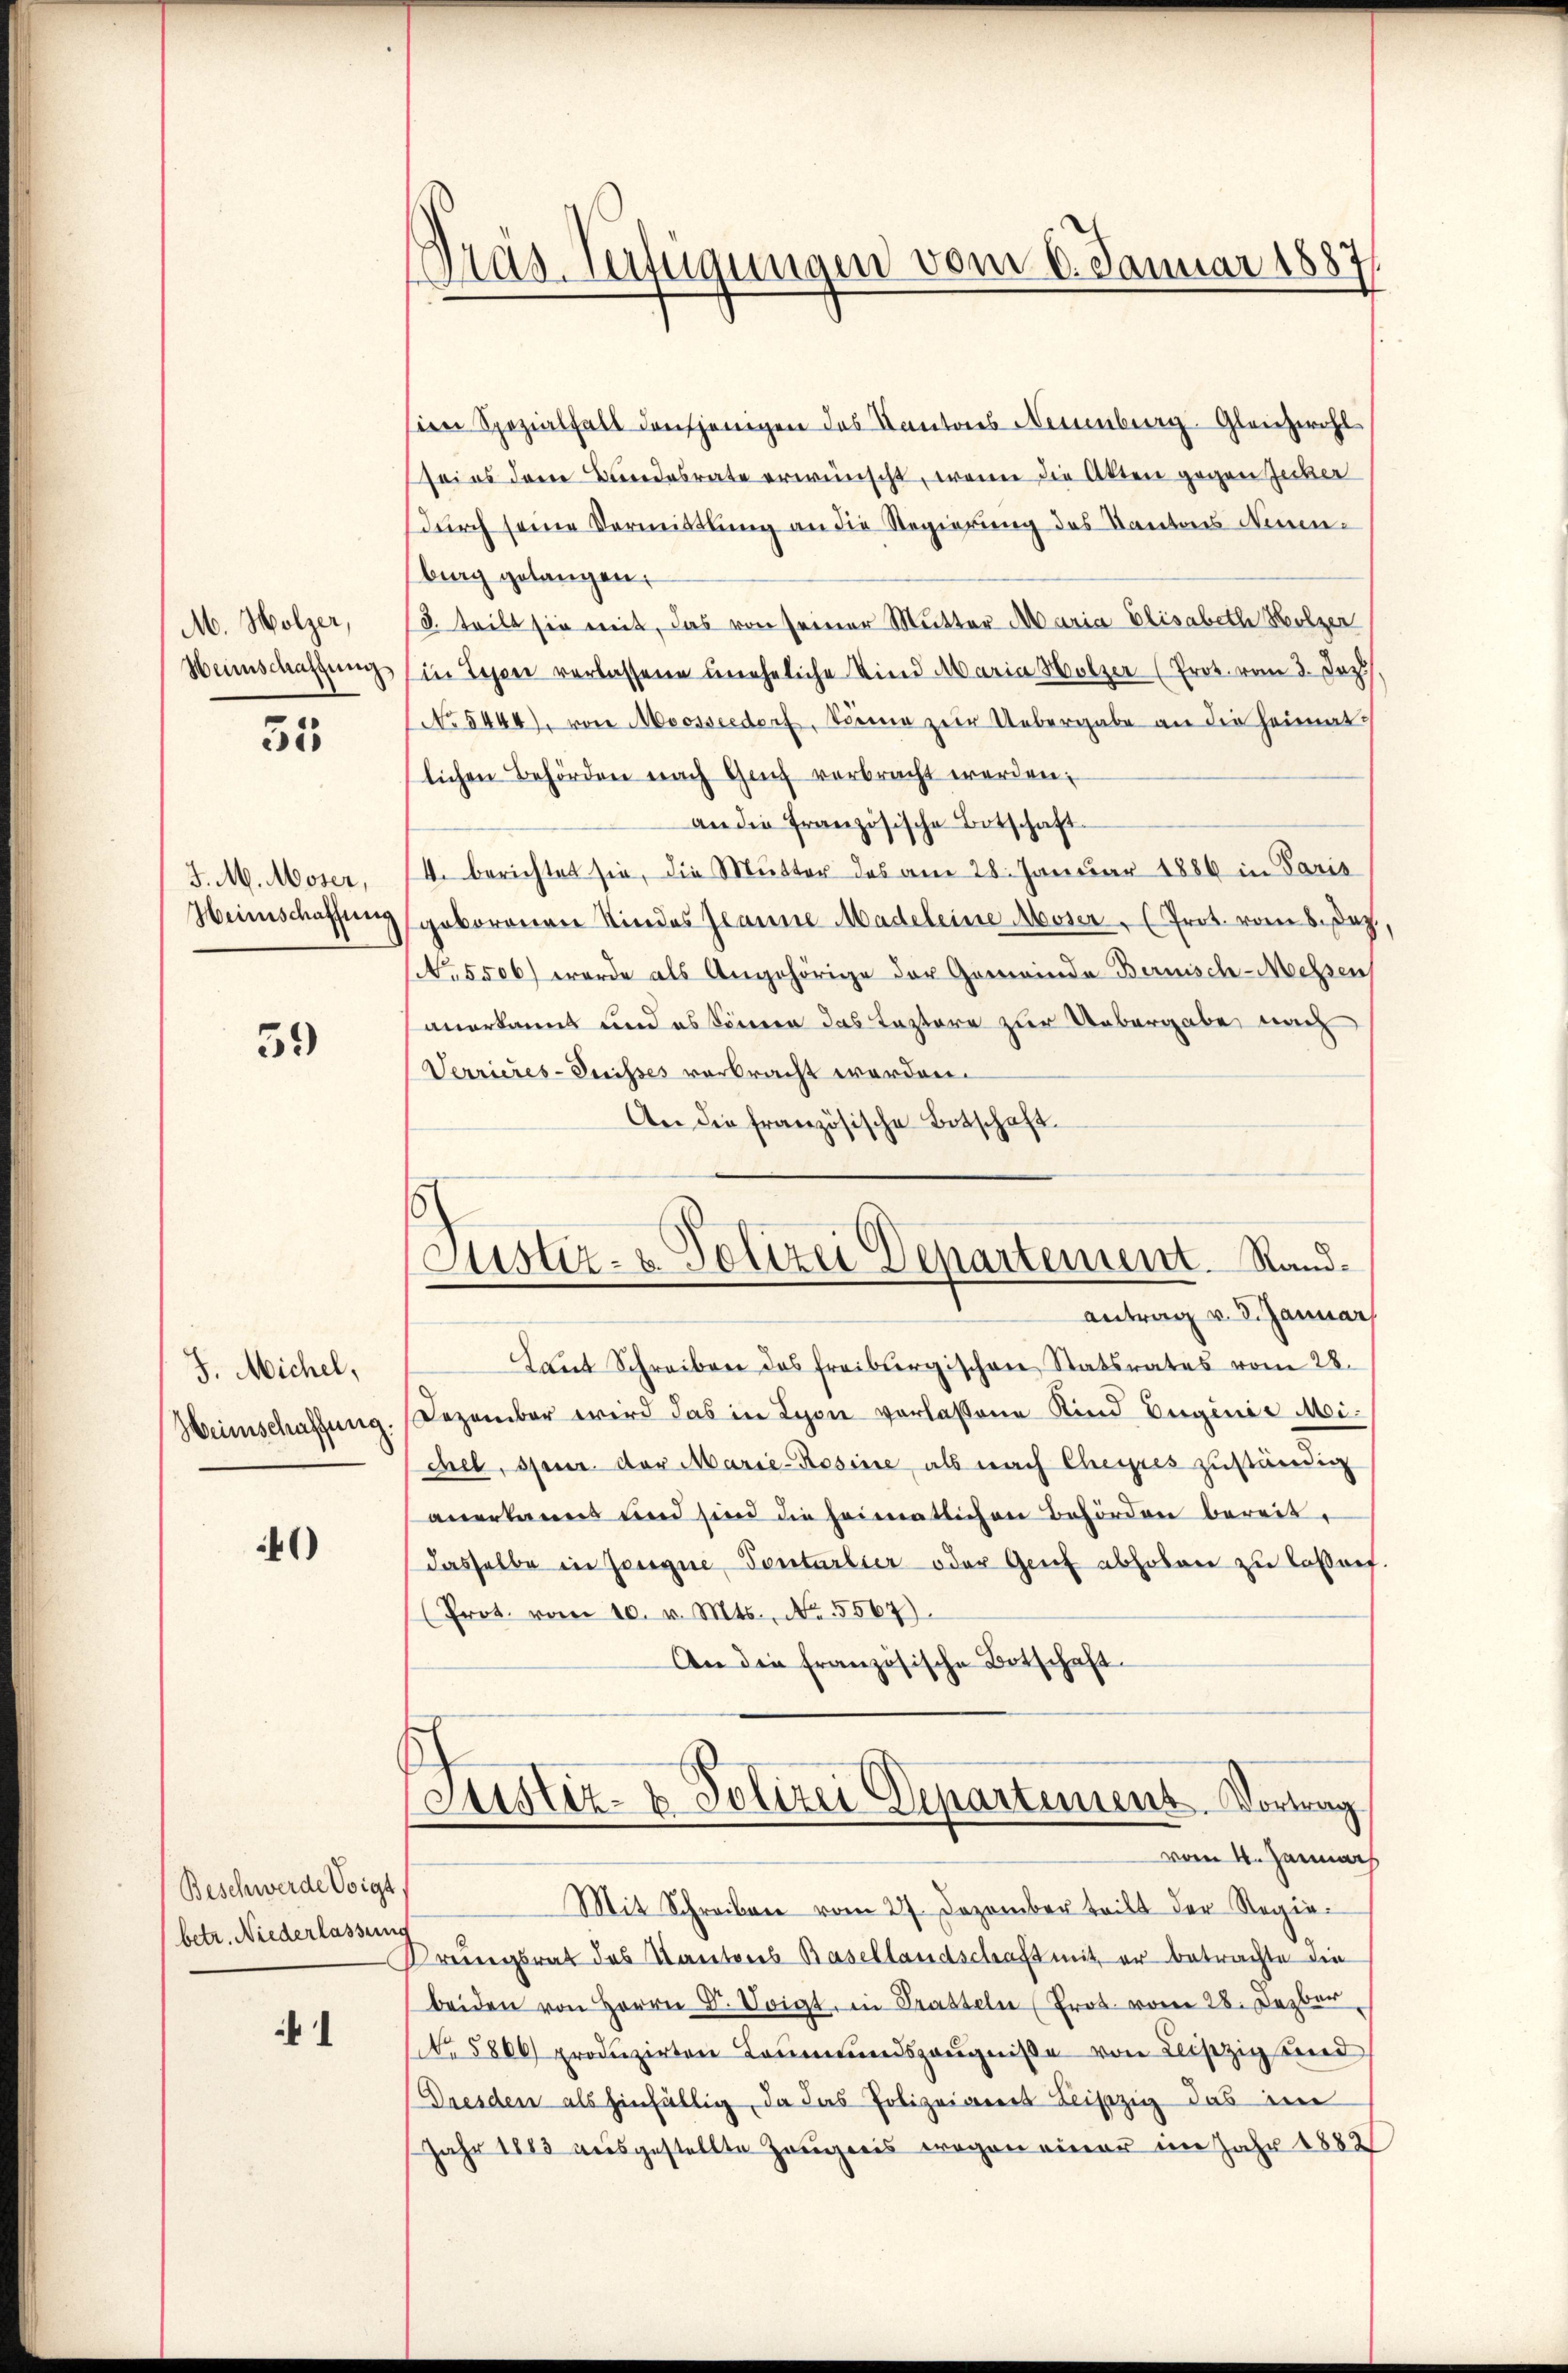
M. Holzer,
Hennschaffung

31

J. M. Moser,
Heimschaffung

59

J. Michel,
Heimschaffung

41)

Beschwerde Voigt
betr. Niederlassun

Mas. Anfügungen vom 6. Januar 1887

Justiz- u. Polizei Departement. Rand¬

sien Spezialfall dasjenigen das Kantons Neuenburg. Gleichwohl
sei es dem Bandesrate erwünscht, wenn die Akten gegen Zuber
durch seine Vormittlung an die Regierung des Kantons Neuen-
burg gelangen.
3. teilt sie mit, das von seiner Mutter Maria Elisabeth Holzer
in Lesen verlassene uneheliche Kind Maria Holzer (Prot. vom 3. Jos.
No 5444), von Moosseedorf, Sonne zur Uebergabe an die Heimatlichen Behörden nach Genf verbracht werden.
an die französische Botschaft
4. berichtet sie, die Mutter des am 28. Januar 1886 in Paris
geborenen Kindes Planne Madeleine Aboser (Prot. vom 8. Dez.
No. 5506) wurde als Angehörige der Gemeinde Bernisch-Messen
anerkannt und es können das Leztere zur Uebergabe, nach
Verrieres-Trisses verbracht worden.
An die französische Botschaft.
antrag v. 3. Januar,
Laut Schreiben des Freiburgischen Statsrates vom 28.
Dezember wird das in Lyon verlassene Kind Euginie Michel, Steuer der Marie-Rosine, als nach Chesses zuständig
anerkannt und sind die heimatlichen Behörden bereit.
dasselbe in Zoege Ponterlier oder Genf abholen zu lassnef.
(Prot. vom 10. v. Mts., No. 5567).
An die französische Botschaft.
Justiz- & Polizei Departement. Vortrag
vom 4. Januar
Mit Schreiben vom 27. Dezember teilt der Regie¬
Orungsrat des Kantons Basellandschaft mit er betrachte die
beiden von Herrn D. Voigt, in Tratteln (Prot. vom 28. Dezber
No. 5800 produzirten Leŭmŭndszeŭgniße von Leipzig und
(Dresden als hinfällig, da das Polizeiamt Beiszig das im
Jahr 1883 ausgestellte Zeugnis wegen einer im Jahr 1882